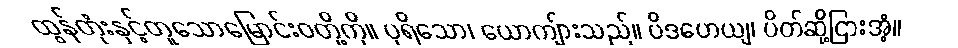
ထွန်တုံးနှင့်တူသောမြောင်းဝတို့ကို။ ပုရိသော၊ ယောကျ်ားသည်။ ပိဒဟေယျ၊ ပိတ်ဆို့ငြားအံ့။